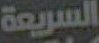
السريعة